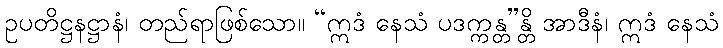
ဥပတိဋ္ဌနဋ္ဌာနံ၊ တည်ရာဖြစ်သော။ “ဣဒံ နေသံ ပဒက္ကန္တ”န္တိ အာဒီနံ၊ ဣဒံ နေသံ